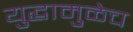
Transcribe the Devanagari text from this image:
युद्धामुळेच